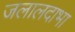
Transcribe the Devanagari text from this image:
जलालदाभा